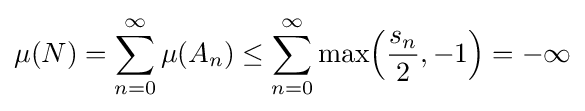
\mu (N)=\sum _{n=0}^{\infty }\mu (A_{n})\leq \sum _{n=0}^{\infty }\max \!\left({\frac {s_{n}}{2}},-1\right)=-\infty